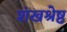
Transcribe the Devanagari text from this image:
शंखश्रेष्ठ